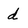
Character: d